Vaccination Hyderabad 1872-1889 - 1872-1889
Year: 1872
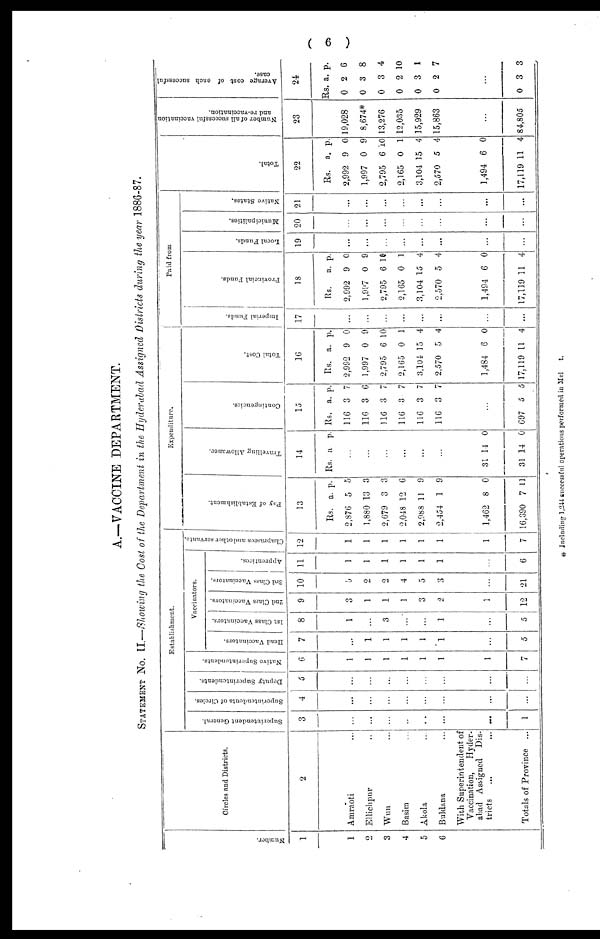
( 6 )
A.—VACCINE DEPARTMENT.
STATEMENT NO. II.—Showing the Cost of the Department in the Hyderabad Assigned Districts during the year 1886-87.
Number.
1
1
2
3
4
5
6
Circles and Districts.
2
Amraoti ...
Ellichpur ...
Wun ...
Basim ...
Akola ...
Buldana ...
With Superintendent of
Vaccination,
Hyder-
abad Assigned
Dis-
tricts ... ...
Totals of Province ...
Establishment.
Superintendent General.
3
...
...
...
...
...
...
...
1
Superintendents of Circles.
4
...
...
...
...
...
...
...
...
Deputy Superintendents.
5
...
...
...
...
...
...
...
...
Native Superintendents.
6
1
1
1
1
1
1
1
7
Vaccinators.
Head Vaccinators.
7
...
1
1
1
1
1
...
5
1st Class Vaccinators.
8
1
...
3
...
...
1
...
5
2nd Class Vaccinators.
9
3
1
1
1
3
2
1
12
3rd Class Vaccinators.
10
5
2
2
4
5
3
...
21
Apprentices.
11
1
1
1
1
1
1
...
6
Chaprasees and other servants.
12
1
1
1
1
1
1
1
7
Expenditure.
Pay of Establishment.
13
Rs.
2,876
1,880
2,679
2,048
2,988
2,454
1,462
16,390
a.
5
13
3
12
11
1
8
7
p.
5
3
3
6
9
9
0
11
Travelling Allowance.
14
Rs. a. p.
...
...
...
...
...
...
31
31
14
14
0
0
Contingencies.
15
Rs.
116
116
116
116
116
116
a.
3
3
3
3
3
3
p.
7
6
7
7
7
7
...
697 5 5
Total Cost.
16
Rs.
2,992
1,997
2,795
2,165
3,104
2,570
1,484
17,119
a.
9
0
6
0
15
5
6
11
p.
0
9
10
1
4
4
0
4
Paid from
Imperial Funds.
17
...
...
...
...
...
...
...
...
Provincial Funds.
18
Rs.
2,992
1,997
2,795
2,165
3,104
2,570
1,494
17,119
a.
9
0
6
0
15
5
6
11
p.
0
9
10
1
4
4
0
4
Local Funds.
19
...
...
...
...
...
...
...
...
Municipalities.
20
...
...
...
...
...
...
...
...
Native States.
21
...
...
...
...
...
...
...
...
Total.
22
Rs.
2,992
1,997
2,795
2,165
3,104
2,570
1,494
17,119
a.
9
0
6
0
15
5
6
11
p.
0
9
10
1
4
4
0
4
Number of all successful vaccination
and re-vaccination.
23
19,028
8,674*
13,276
12,035
15,929
15,863
...
84,805
Average cost of each successful
case.
24
Rs.
0
0
0
0
0
0
a.
2
3
3
2
3
2
p.
6
8
4
10
1
7
...
0 3 3
* Including 1,244 successful operations performed in Mel
t.